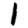
Digit: 1